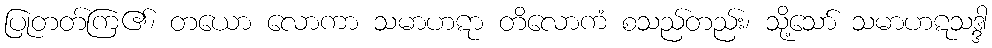
ပြုတတ်ကြ၏၊ တယော လောကာ သမာဟဋာ တိလောကံ စသည်တည်း၊ သို့သော် သမာဟဋသဒ္ဒါ